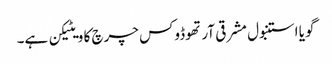
گویا استنبول مشرقی آرتھوڈوکس چرچ کا ویٹیکن ہے۔